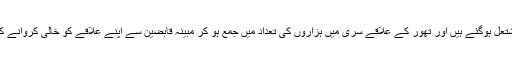
واقعے کی اطلاع ملتے ہی اہلیان تھور مشتعل ہوگئے ہیں اور تھور کے علاقے سری میں ہزاروں کی تعداد میں جمع ہو کر مبینہ قابضین سے اپنے علاقے کو خالی کروانے کے لئے لائحہ عمل پر غور کر رہے ہیں۔